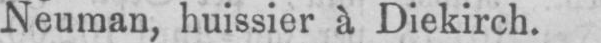
Neuman, huissier à Diekirch.